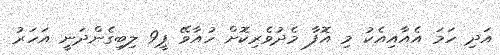
އަދި ހަމަ އެއާއިއެކު މި އޮފާ މެދުވެރިކޮށް ހުއާވޭ ޕީ9 ލިބިގެންދަނީ އަހަރު